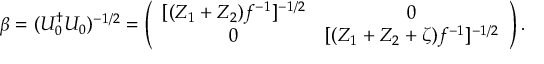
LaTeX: \beta = ( U _ { 0 } ^ { \dag } U _ { 0 } ) ^ { - 1 / 2 } = \left( \begin{array} { c c } { { [ ( Z _ { 1 } + Z _ { 2 } ) f ^ { - 1 } ] ^ { - 1 / 2 } } } & { { 0 } } \\ { { 0 } } & { { [ ( Z _ { 1 } + Z _ { 2 } + \zeta ) f ^ { - 1 } ] ^ { - 1 / 2 } } } \end{array} \right) .